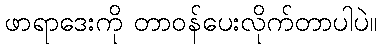
ဖာရာဒေးကို တာဝန်ပေးလိုက်တာပါပဲ။